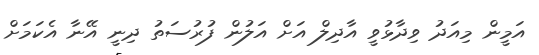
އަމީން މިއަދު ވިދާޅުވީ އާދިލް އަށް އަލުން ފުރުސަތު ދިނީ އޭނާ އެކަމަށް